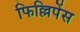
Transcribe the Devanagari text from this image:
फिल्लिपेंस